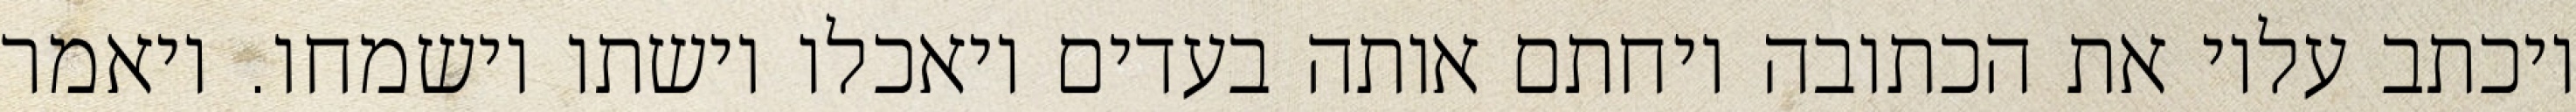
ויכתב עליו את הכתובה ויחתם אותה בעדים ויאכלו וישתו וישמחו. ויאמר